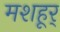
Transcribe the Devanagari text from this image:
मशहूर्